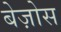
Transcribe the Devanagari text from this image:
बेज़ोस